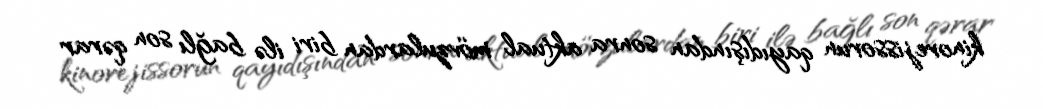
kinorejissorun qayıdışından sonra aktual mövzulardan biri ilə bağlı son qərar